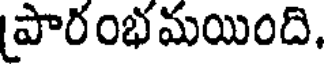
పారంభమయింది.